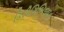
ડિરીગિબિજાહ